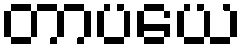
တာပယေ